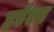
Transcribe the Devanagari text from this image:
हर्डल्स